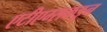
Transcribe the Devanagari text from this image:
एटीएम्सकडून